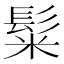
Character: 𩭄